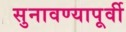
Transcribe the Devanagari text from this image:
सुनावण्यापूर्वी